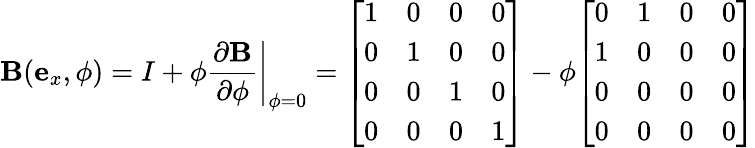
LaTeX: \mathbf{B}(\mathbf{{e}}_{x},\phi)=I+\phi\left.{\frac{{\partial\mathbf{B}}}{{\partial\phi}}}\right|_{\phi=0}={\left[\begin{array}{llll}{1}&{0}&{0}&{0}\\ {0}&{1}&{0}&{0}\\ {0}&{0}&{1}&{0}\\ {0}&{0}&{0}&{1}\end{array}\right]}-\phi{\left[\begin{array}{llll}{0}&{1}&{0}&{0}\\ {1}&{0}&{0}&{0}\\ {0}&{0}&{0}&{0}\\ {0}&{0}&{0}&{0}\end{array}\right]}